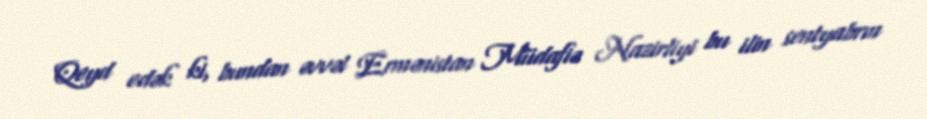
Qeyd edək ki, bundan əvvəl Ermənistan Müdafiə Nazirliyi bu ilin sentyabrın